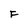
Character: F